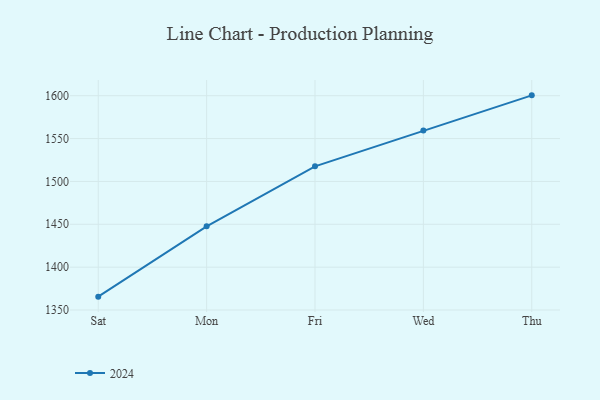
{"axis": {"x": "Day", "y": "Page Views"}, "legend": ["2024"], "data": [{"x": "Sat", "y": 1365.6, "type": "2024"}, {"x": "Mon", "y": 1447.6, "type": "2024"}, {"x": "Fri", "y": 1517.6, "type": "2024"}, {"x": "Wed", "y": 1559.3, "type": "2024"}, {"x": "Thu", "y": 1600.4, "type": "2024"}]}